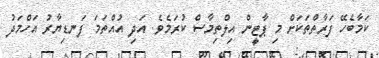
ކަމާބެހޭ ފަރާތްތަކަށް މި ޕާޓީން އިލްތިމާސް ކުރަމެވެ. އަދި އުއްތަމަ ފަނޑިޔާރު އަހްމަދު